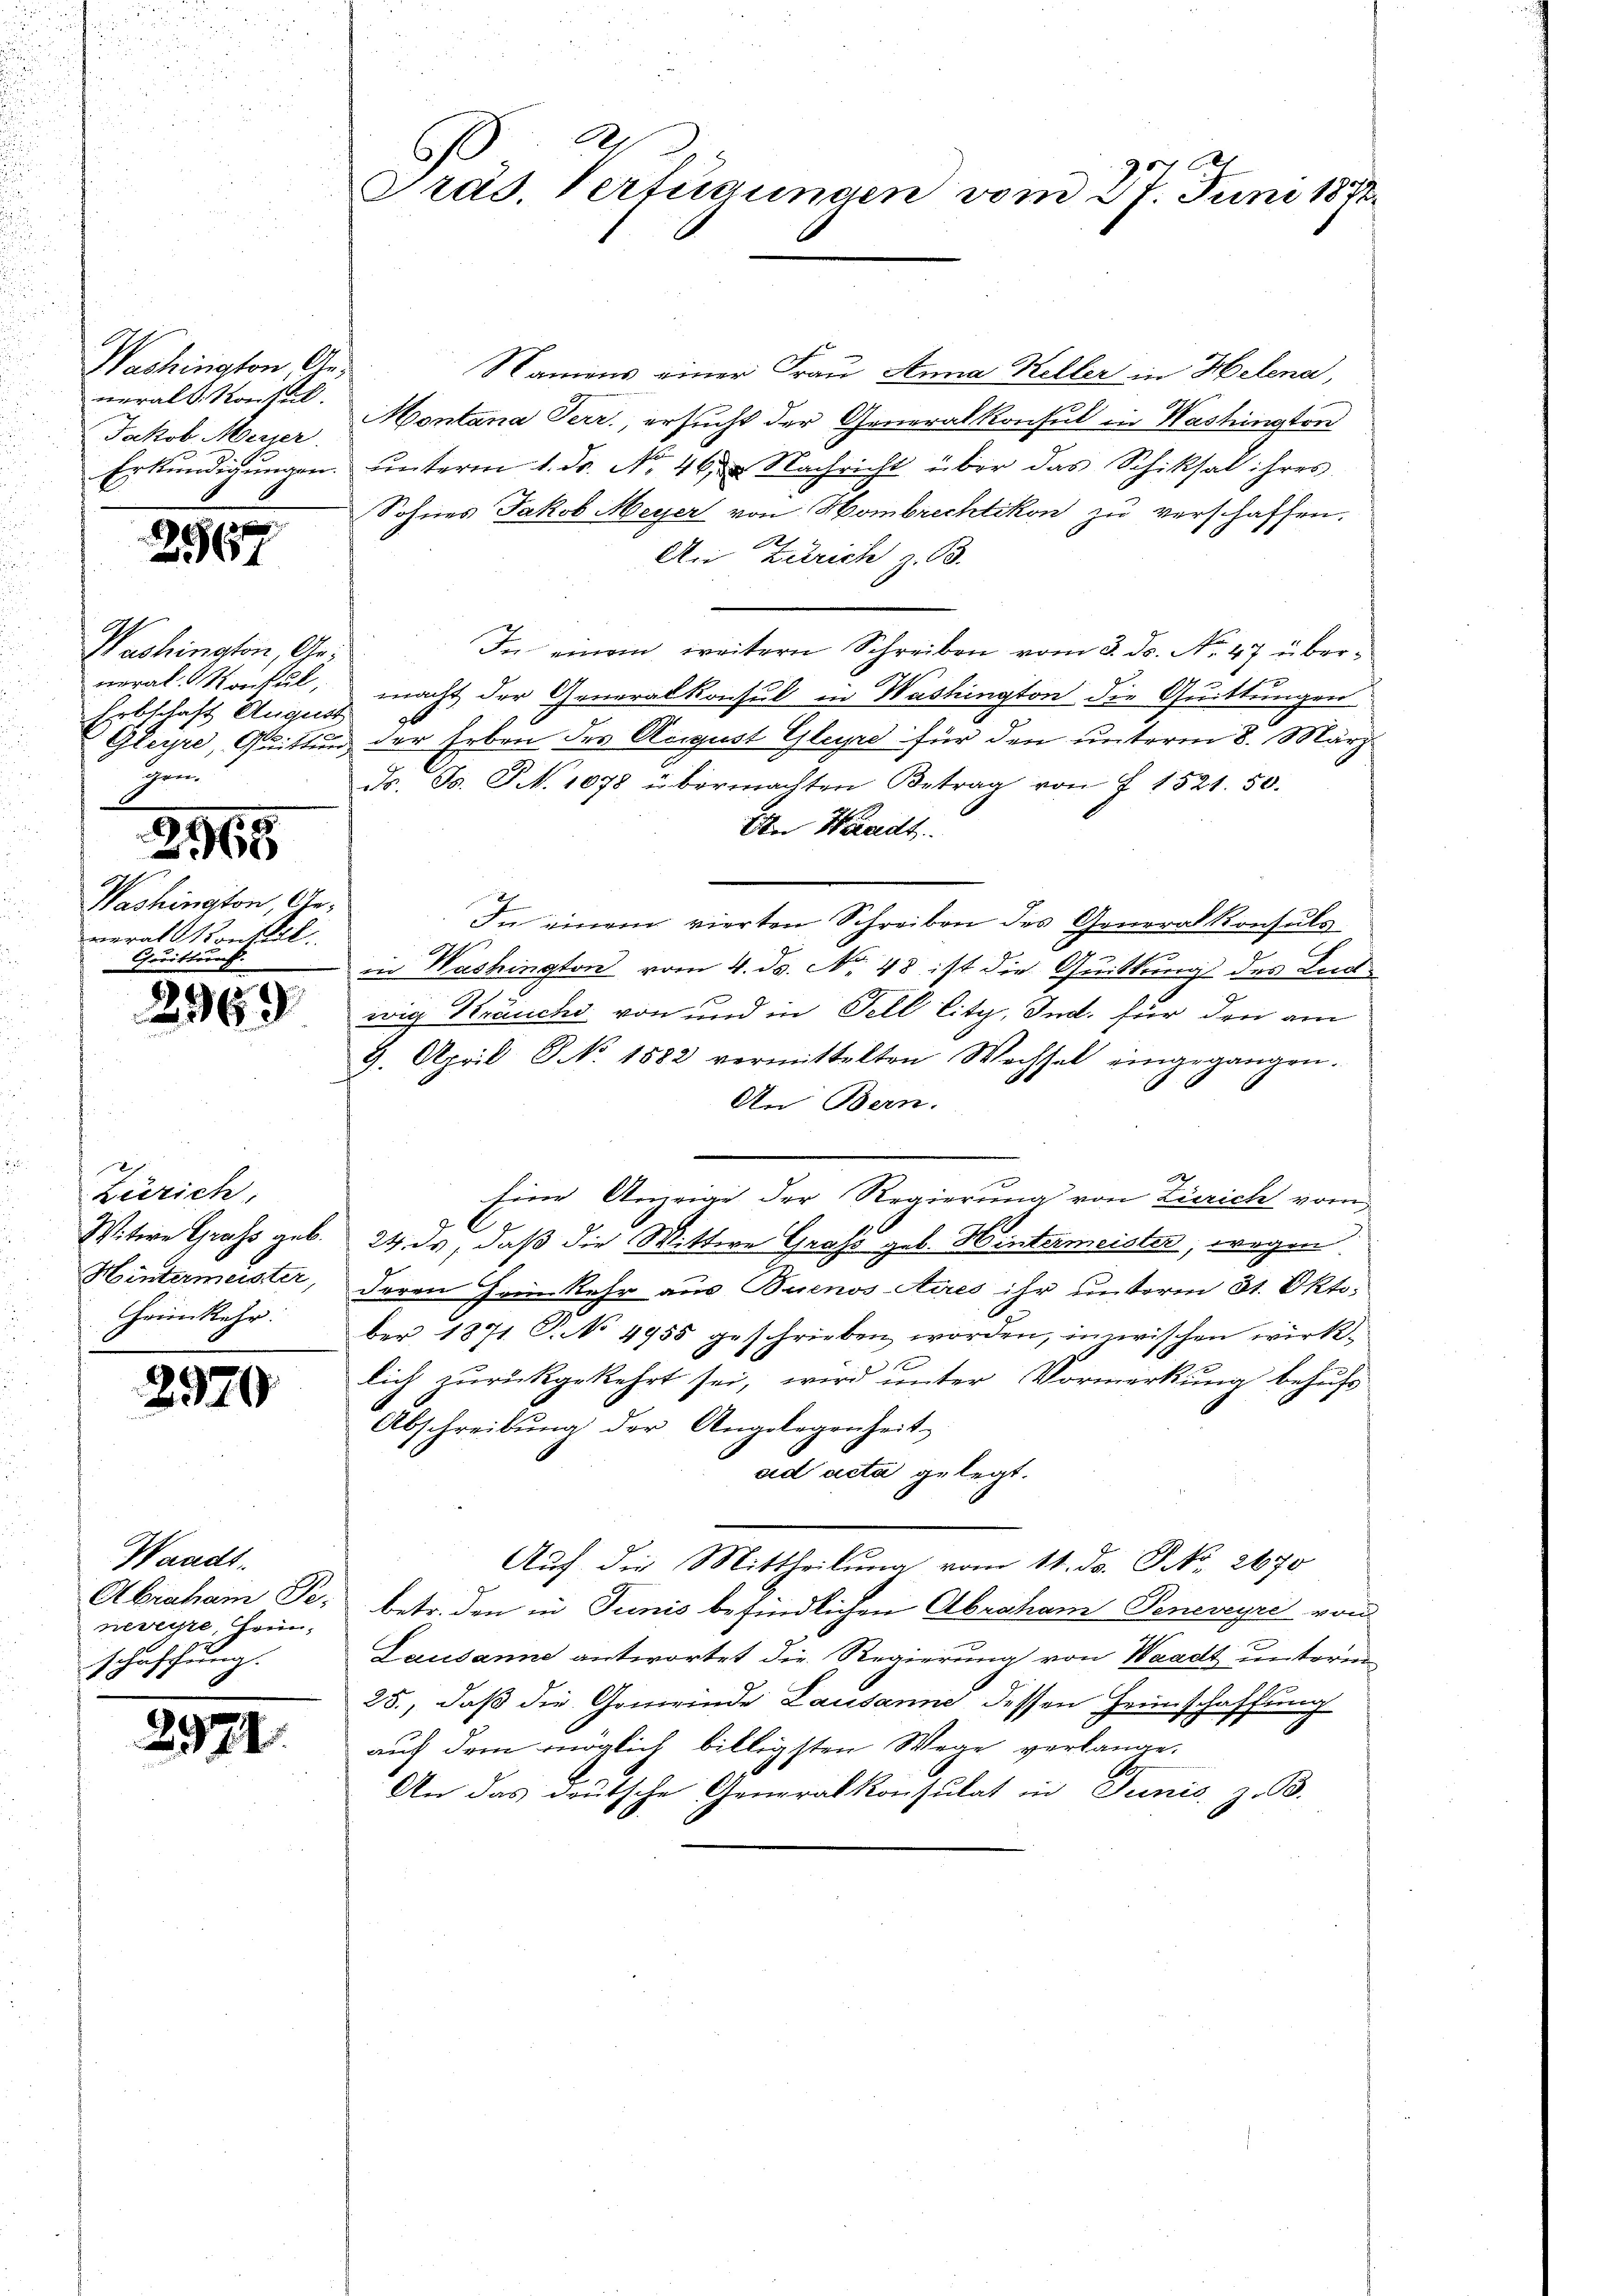
Washington Annerals Konsul
Jakob Merser
Erkundigungen.

d
2567

Washington, General Montul,
Erbschaft August
Gleyre, Guittun
hren
2965
Washington, Geveralkonseil.
Preistung.

2969

Zürich,
Witwe Grafs geb.
Hintermeister,
Heimkehr:

2970

Waadt
Abraham Peneveyre, Heinschaftung.

2971

Präs. Verfügungen vom 27. Juni 1882.

Namens einer Frau Anna Keller in Helena,
Montana Perr., ersucht der Generalkonsul in Washington
unterm 1. ds. No. 46. Nachricht über das Schiksal ihres
Sohnes Jakob Meyer von Hombrechtikon zu verschaffen.
h
An Zürich z. B.
In einem weitern Schreiben vom 3. ds. No. 47 über¬

macht der Generalkonsul in Washington die Quittungen
der Erben des Airgust Gleyre für den unterm 8. März
ds. Gs. S. 1078 übermachten Betrag von 7 1521. 50.
An Waadt.
In einem vierten Schreiben des Generalkonsuls
e
in Washington vom 4. ds. No. 48 ist die Quittung des Leewig Kräuche von und in Fell lity, Ind. für den am
9. April 8 No. 1882 vermittelten Wechsel eingegangen.
An Bern.
Eine Anzeige der Regierung von Zürich vom
24. ds, daß die Wittwe Grafs geb. Hintermeister, wegen
deren Hein kehr aus Buenos Aires ihr unterm 31. Oktober 1871 P. No 4955 geschrieben worden, inwischen wirk¬
1
lich zurückgekehrt sei, wird unter Vormerkung behufs
Abschreibung der Angelegenheit,
ad acta gelegt.
Auf die Mittheilung vom 11. ds. No 2670
betr. den in Tunis befindlichen Abraham Genereyri von
Lausanne antwortet die Regierung von Waadt unterm
25., daß die Gemeinde Lausanne dessen Heimschaffung
auf dem möglich billigsten Wege verlange.
An das deutsche Generalkonsulat in Tunis. z. B.